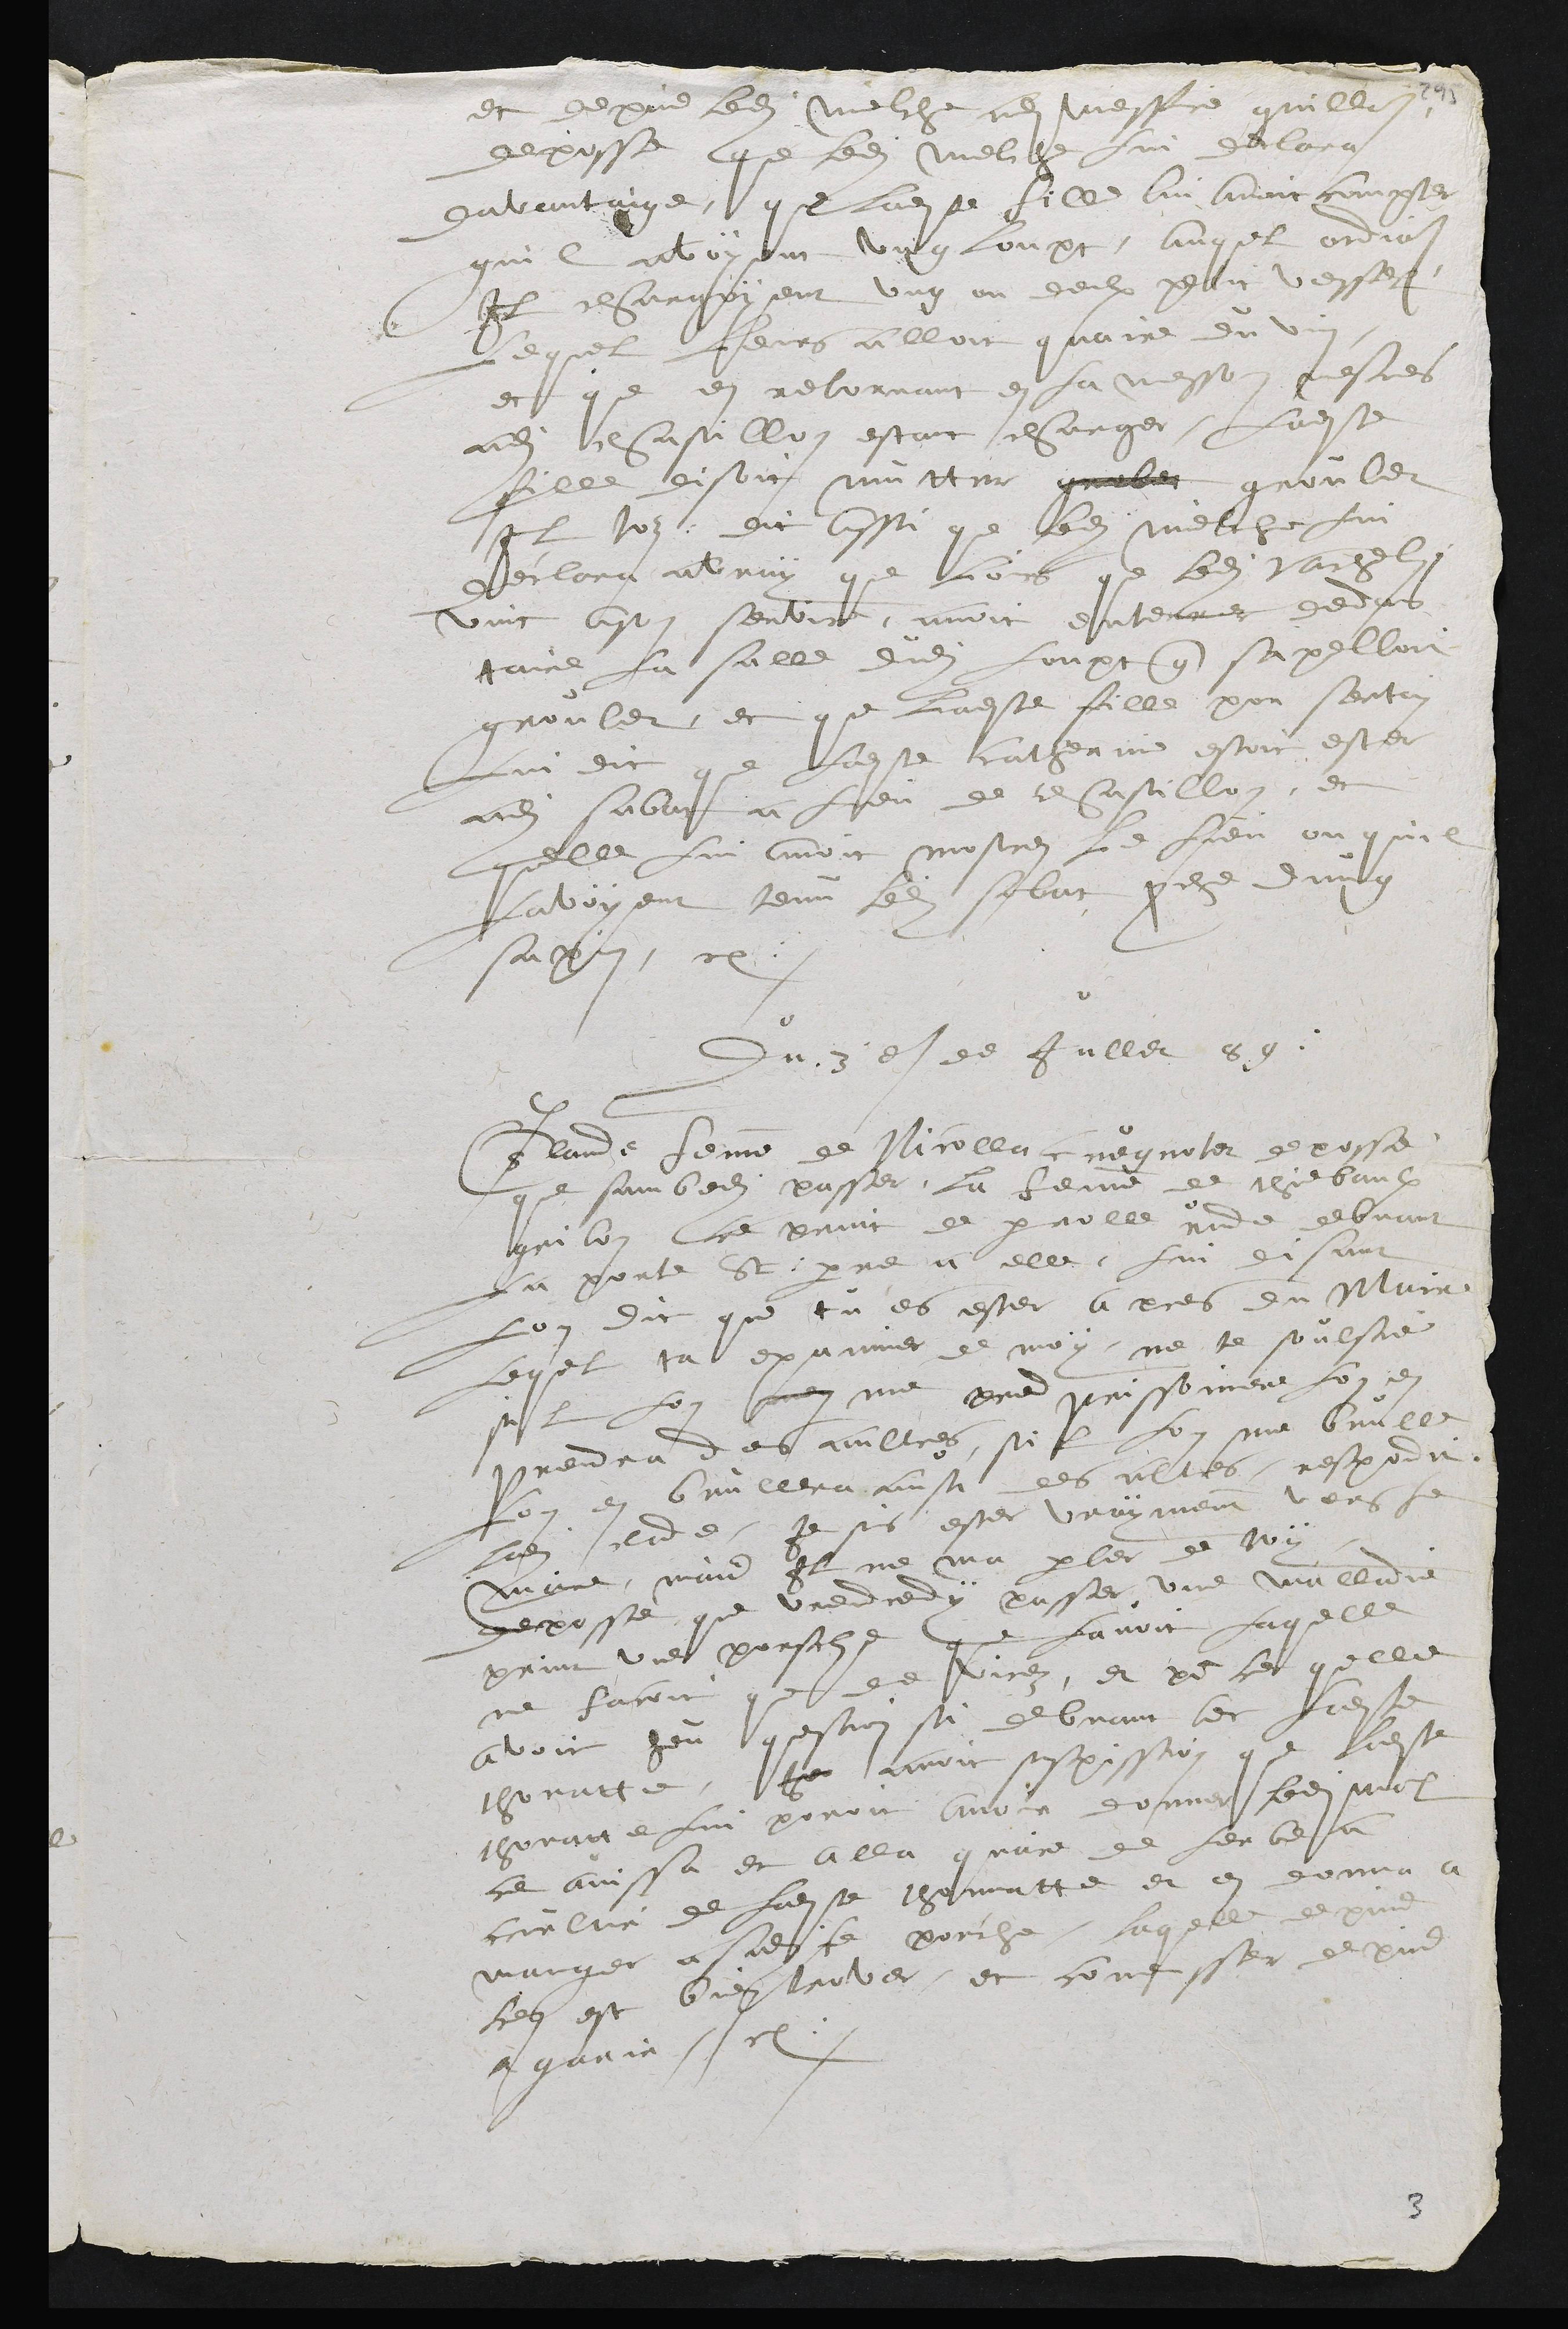
et depuis ledit Melche audit Messire grillon
deposse que ledit Melche lui declara
davantaige que ladite fille lui avoit compter
quil avoyent ung loupt, auquel ordonnoit
il chargoient ung ou deulx petit vessel
lequel leurs alloit quaire du vin
et que en retornant en sa messon nestres
audit chastillon estant charger, ladite
fille disoit Mutter groler grouler
il loz. dit aussi que ledit Mielche lui
declara a vray que loirs que ledit vachelin
vint a son serviteur, avoit enterrez dedans
taire la salle dudit loupt que sapelloit
grouler, et que ladite fille por sertain
lui dit que ladite Catherine estoit ester
audit sabat a lieu de chastillon, et
quelle lui avoit mostres le lieu ou quil
lavoyent tenu ledit sabat proche dung
sapin, etc.
Du 3e de juillet 89
Claude femme de Nicolla cuegnotet deposse
que sambedi passer, la femme de thiebaulx
grilon ce print de parrole rude debvant
la porte St : pierre a elle, lui disant
lon dit que tu es ester apres du Maire
lequel ta examiner de moy, ne te soulsie
sil lon men me prend prissoniere lon en
prendra des aultres, sil lon me brulle
lon en brullera aussi des altres, respondit
ladite clade, je suis ester vrayment vers le
maire, mais il ne ma parler de toy
deposse que vrendredy passer une malladie
print une porsche que lavoit laquelle
ne facoit que de virez, et pour ce quelle
avoit heu question si debvant avec ladite
thonatte, ho avoit suspission que ladite
thonatte lui poroit avoir donner ledit mal
ce avissa et alla quaire de lerbe a
crulier  de ladite thonnattte et en donna a
manger a ladite porche, laquelle depuis
cen est bien trover, et comensser depuis
a garir. Etc.